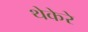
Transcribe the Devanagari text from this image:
थेकेरे